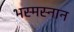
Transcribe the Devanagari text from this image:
भस्मस्नान